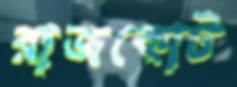
রাজকোট